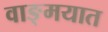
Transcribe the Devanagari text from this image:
वाङ्‍मयात